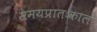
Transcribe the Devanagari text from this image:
समयप्रातःकाल